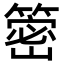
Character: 䈼